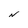
Character: N